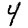
Digit: 4